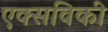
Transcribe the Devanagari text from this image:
एक्सविकी